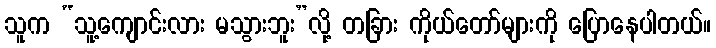
သူက “သူ့ကျောင်းလား မသွားဘူး”လို့ တခြား ကိုယ်တော်များကို ပြောနေပါတယ်။